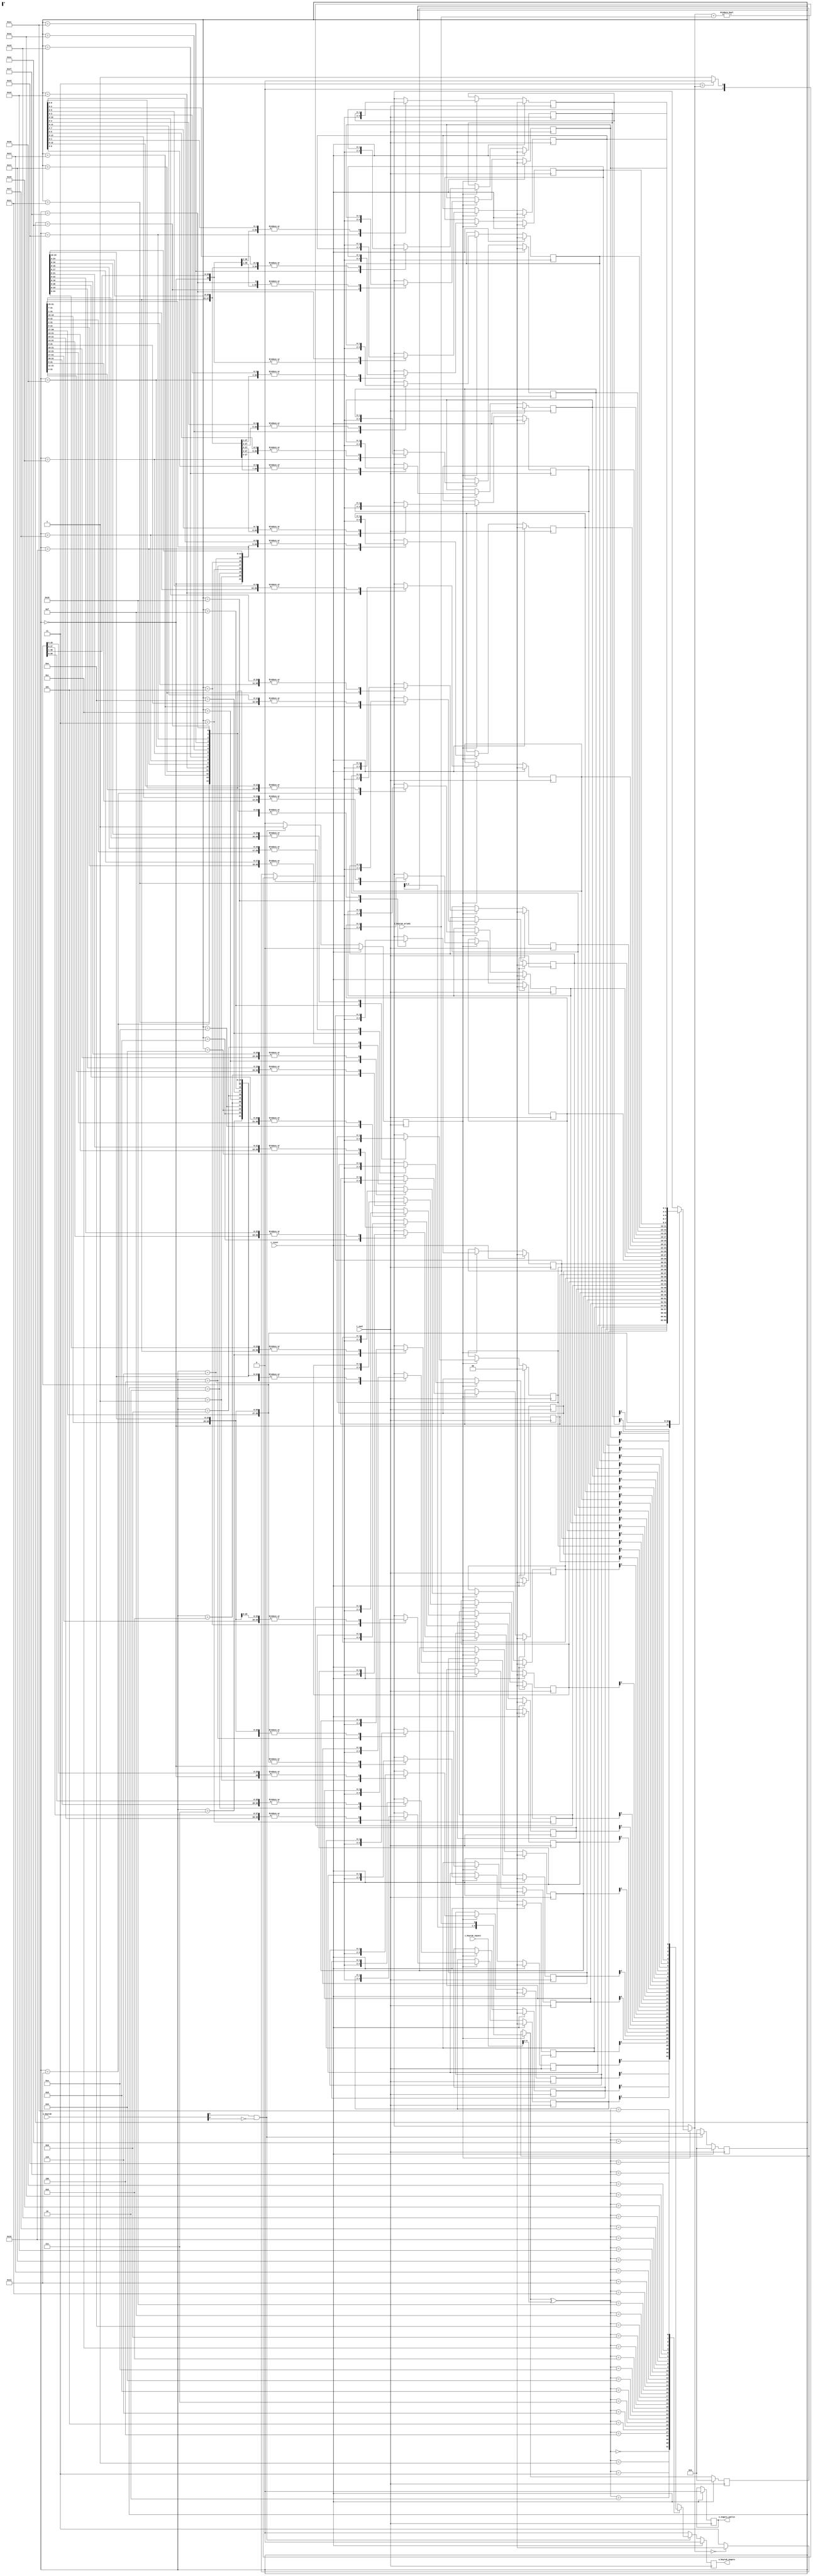
`timescale 1ns / 1ps


module Branch_Predictor(
input i_reset,                  // Tablolar ve tutulan gemii sfrlayan sinyal. 
input i_saat,                   //  
input [31:0] i_buyruk_sayaci,   // Program Counter
input [31:0] i_buyruk,          // Buyruk 
output o_buyruk_ongoru,         // uanda ilenen dallanma buyruunun ngrs.

input i_buyruk_atladi, // 1'b1 -> bir onceki dallanma atladi, 1'b0 -> bir onceki dallanma atlamadi. 
output o_ongoru_yanlis
    );
    
    /////////////////////////////////////////////////////////////
    //  32 girili ngr tablosu: 2'b00 -> G.T, 2'b11 -> G.A  //
    /////////////////////////////////////////////////////////////                                                         
    reg [1:0] gshare_table       [31:0];
    reg [1:0] gshare_table_next  [31:0];
    
    reg [4:0] branch_history_table, branch_history_table_next; // Bir oncek, buyrugun aldigi degere gore guncellenmeli, 
                                                               // Yani bir onceki cevrimdeki degerine de ihtiyac olabilir.
                                                               // Yukaridaki gibi yapmak yerine bir onceki cevrimde erisilen tablo adresini tutuyorum.  
    // Cikis registerlari degerleri.
    reg r_buyruk_ongoru, r_buyruk_ongoru_next   ;
    assign o_buyruk_ongoru = r_buyruk_ongoru    ; 
    
    reg r_ongoru_yanlis, r_ongoru_yanlis_next   ;
    assign o_ongoru_yanlis = r_ongoru_yanlis    ;
    
    // Bir onceki buyruk sayacinin degeri tutulmali, 
    // Veya onceki dallanma buyrugunun tabloda nereye eritigi  ve oncekinin dallanma buyrugu olup olmadigi tutulmali  
    // farkli sekillerde yapilabilir. 
    reg [4:0] onceki_buyruk_erisim, onceki_buyruk_erisim_next;
    reg onceki_buyruk_dallanma, onceki_buyruk_dallanma_next;
    
    // Gelen buyrugun dallanma olup olmadigina karar veren wire. 
    wire  yeni_dallanma_buyrugu; 
    assign yeni_dallanma_buyrugu = i_buyruk[6] && (!i_buyruk[2]); // hangi buyruklarin gelebileceine gore karar ver. 
    
    // Bir onceki buyrugun tabloda eristigi yeri tutan wire. 
    wire [4:0] yeni_ongoru_adresi; 
    assign yeni_ongoru_adresi = branch_history_table_next[4:0] ^ i_buyruk_sayaci[6:2];
    
    reg [5:0] loop_counter; 
    always@* begin
        for(loop_counter=0 ; loop_counter < 32 ; loop_counter = loop_counter + 5'b1) begin  //
            gshare_table_next[loop_counter] = gshare_table[loop_counter] ;                  //  Lacth olusturmamak icin bir if bloguna girilmedigi durumda tabloya eski degeri ataniyor
        end                                                                                 //
         
        r_buyruk_ongoru_next = r_buyruk_ongoru  ;
        r_ongoru_yanlis_next = r_ongoru_yanlis  ;      
        branch_history_table_next = branch_history_table;
        
        onceki_buyruk_dallanma_next = onceki_buyruk_dallanma;
        onceki_buyruk_erisim_next = onceki_buyruk_erisim;
        
        if(onceki_buyruk_dallanma) begin                                                //
            branch_history_table_next = {branch_history_table[4:0], i_buyruk_atladi};   // Genel gemi tablosunun gncellenmesi 
                                                                                        //   
            gshare_table_next[onceki_buyruk_erisim] = gshare_table_next[onceki_buyruk_erisim]  + 
                                                                i_buyruk_atladi ? ((2'b11 == gshare_table_next[onceki_buyruk_erisim]) ? 2'b0 : (2'b1)) 
                                                                : ((2'b00 == gshare_table_next[onceki_buyruk_erisim]) ? 2'b0 : (-2'b1)) ;
        end
                                                                             
        
        if(yeni_dallanma_buyrugu) begin
            r_buyruk_ongoru_next = gshare_table[yeni_ongoru_adresi][0];
            
            onceki_buyruk_erisim_next = yeni_ongoru_adresi; 
            onceki_buyruk_dallanma_next = 1'b1; 
        end
        else begin
            r_buyruk_ongoru_next = 1'b0;
            onceki_buyruk_dallanma_next = 1'b0;
            onceki_buyruk_erisim_next = 5'd0;
        end
    end
    
    always@(posedge i_saat) begin
        if(i_reset) begin
            for(loop_counter=0 ; loop_counter < 32 ; loop_counter = loop_counter + 5'b1) begin  //
                gshare_table[loop_counter] <= 2'b00 ;
            end  
            
            r_buyruk_ongoru <= 1'b0;
            r_ongoru_yanlis <= 1'b0;      
            branch_history_table <= 5'b0;
            
            onceki_buyruk_dallanma <= 1'b0;
            onceki_buyruk_erisim <= 5'b0;
        end
        else begin
             for(loop_counter=0 ; loop_counter < 32 ; loop_counter = loop_counter + 5'b1) begin  
                gshare_table[loop_counter] <= gshare_table_next[loop_counter] ; // Sayaclarin ilk tahmini ne?
            end
        
            r_buyruk_ongoru <= r_buyruk_ongoru_next;
            r_ongoru_yanlis <= r_ongoru_yanlis_next;      
            branch_history_table <= branch_history_table_next;
            
            onceki_buyruk_dallanma <= onceki_buyruk_dallanma_next;
            onceki_buyruk_erisim <= onceki_buyruk_erisim_next;
        end
    end 
    
endmodule